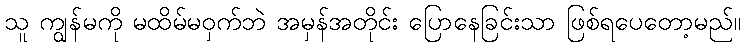
သူ ကျွန်မကို မထိမ်မဝှက်ဘဲ အမှန်အတိုင်း ပြောနေခြင်းသာ ဖြစ်ရပေတော့မည်။